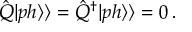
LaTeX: \hat { Q } | p h \rangle \rangle = \hat { Q } ^ { \dagger } | p h \rangle \rangle = 0 \, .